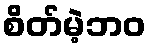
စိတ်မဲ့ဘဝ